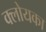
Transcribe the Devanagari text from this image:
क्लोयका